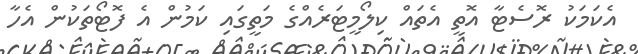
އެކަމަކު ރޮސެޓާ އޮތީ އެތައް ކިލޯމީޓަރެއްގެ މަތީގައި ކަމުން އެ ފޮޓޯތަކުން އެހާ